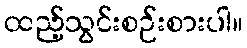
ထည့်သွင်းစဉ်းစားပါ။